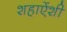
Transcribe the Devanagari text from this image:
शहाऐंशी